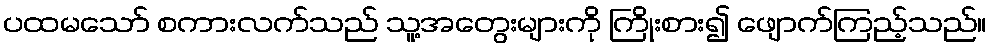
ပထမသော် စကားလက်သည် သူ့အတွေးများကို ကြိုးစား၍ ဖျောက်ကြည့်သည်။